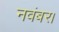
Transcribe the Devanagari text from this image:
नवंबर।